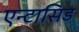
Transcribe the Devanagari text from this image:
एन्टासिड